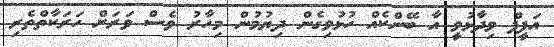
އަފީފް ވިދާޅުވީ އާ ބޭންކެއް ހުޅުވިގެން ދިޔުމުން މިހާރު ވެސް ވަރަށް ހަރަކާތްތެރި